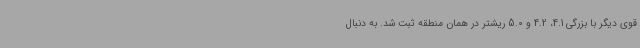
قوی دیگر با بزرگی 4.1، 4.2 و 5.0 ریشتر در همان منطقه ثبت شد. به دنبال